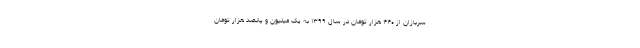
سربازان از ۴۴۰ هزار تومان در سال ۱۳۹۹ به یک میلیون و پانصد هزار تومان